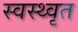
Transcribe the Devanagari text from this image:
स्वस्थ्वृत